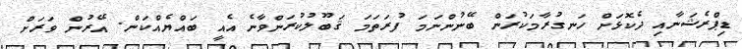
ޑިޕްރެޝަނާއި ދެކޮޅަށް ހަނގުރާމަކުރަން ބޭނުންނަމަ ފުރަތަމަ ޤަބޫލުކުރަންވާނެ އެއީ ބައްޔެއްކަން. އޭރުން ވަރަށް